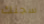
سجنك